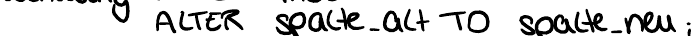
ALTER spalte_alt TO spalte_neu